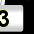
Digit: 3